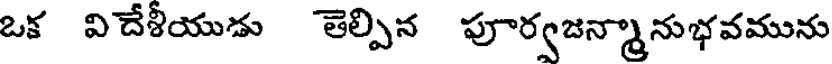
ఒక విదేశీయుడు తెల్పిన పూర్వజన్మానుభవమును